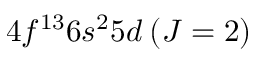
4 f ^ { 1 3 } 6 s ^ { 2 } 5 d \: ( J = 2 )